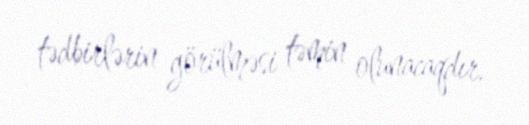
tədbirlərin görülməsi təmin olunacaqdır.